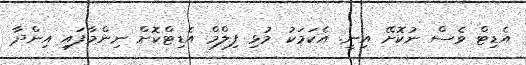
އެޑިޓް ވެސް ނުކޮށޭ އިނީ. އެކަމަކު މުޅި ފިލްމް އެޑިޓްކޮށް ނިންމާފައި އިންދާ